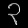
Digit: ၃